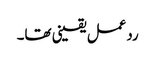
ردعمل یقینی تھا۔